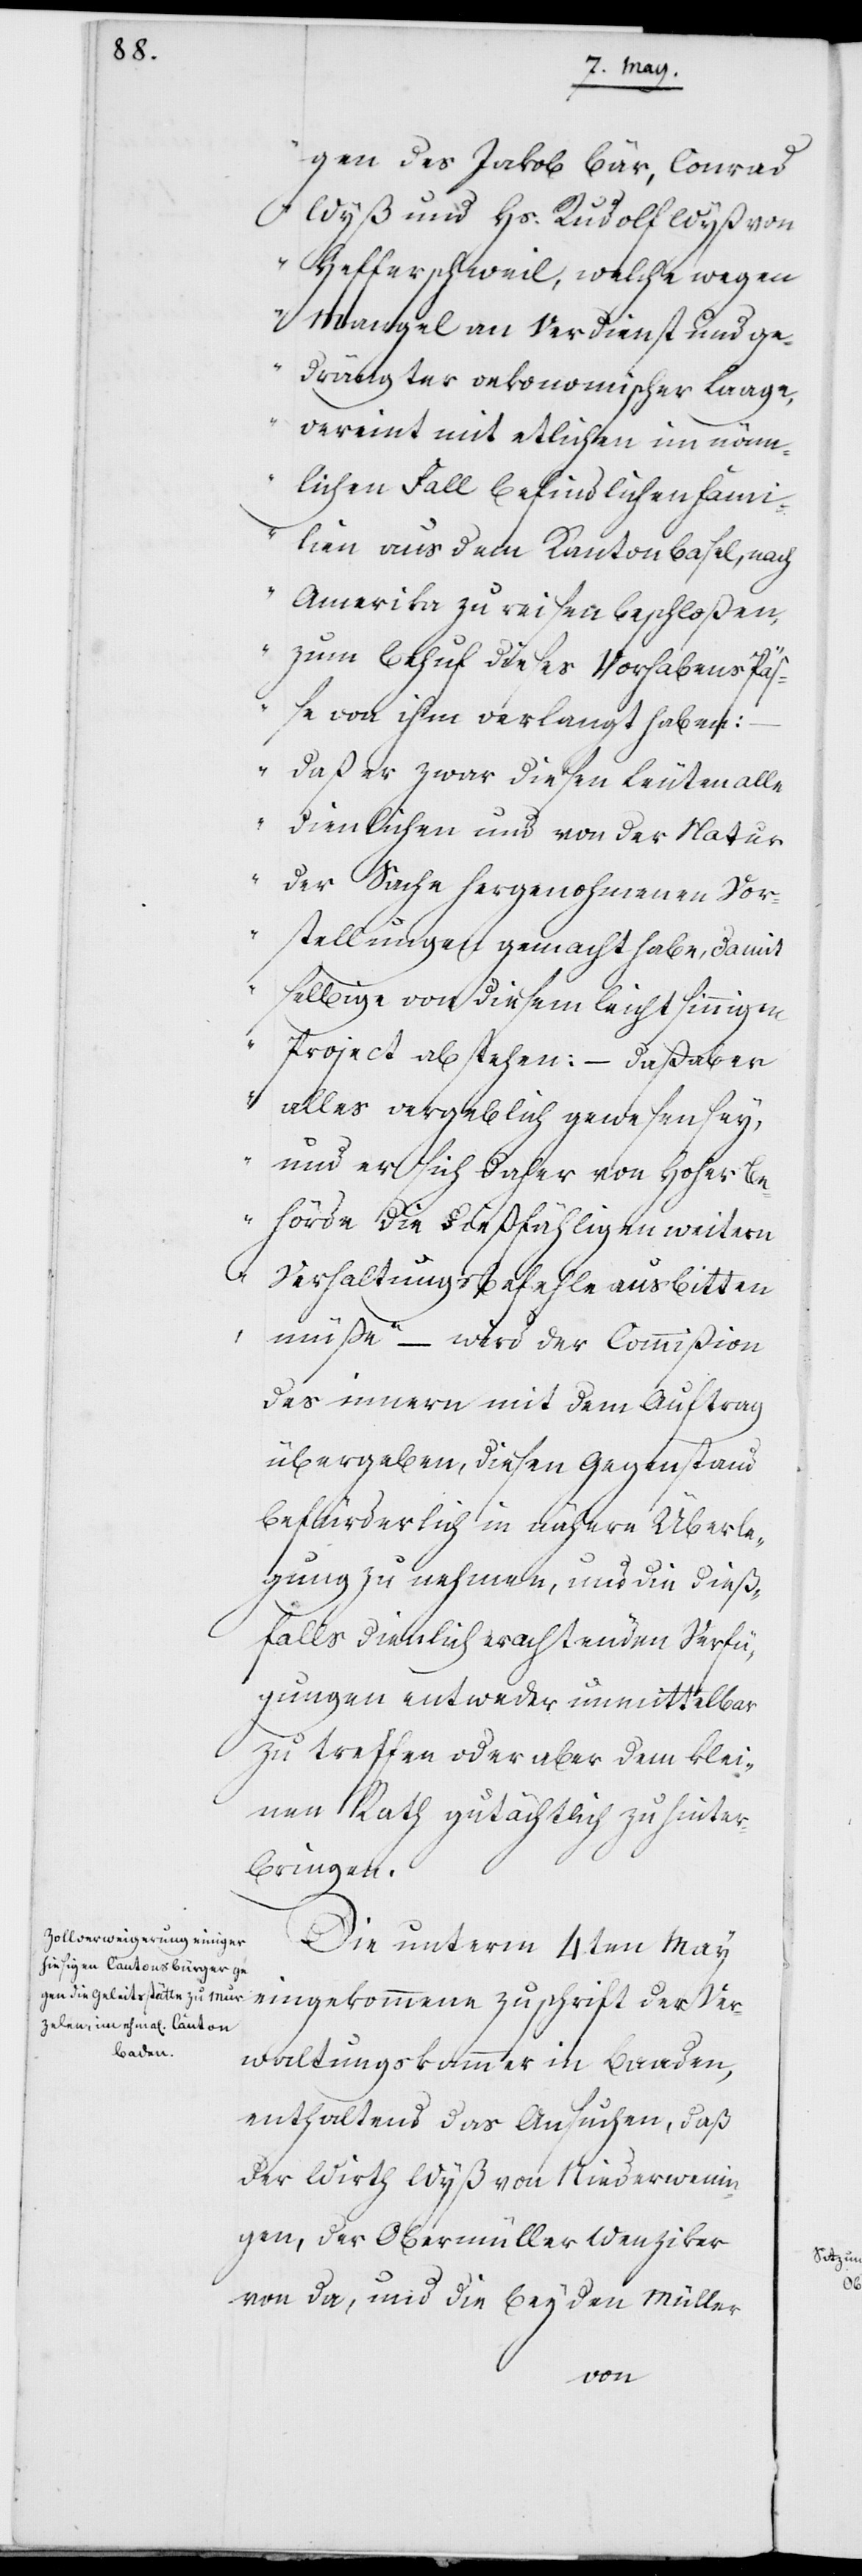
gen des Jakob Bär, Conrad
Wyß und Hs. Rudolf Wyß von
Hefferschweil [sic!], welche wegen
Mangel an Verdienst und ge¬
drängter oekonomischer Laage,
vereint mit etlichen im näm¬
lichen Fall befindlichen Fami¬
lien aus dem Kanton Basel, nach
Amerika zu reisen beschloßen,
zum Behuf dieses Vorhabens Pä¬
ße von ihm verlangt haben:
– daß er zwar diesen Leuten alle
dienlichen und von der Natur
der Sache hergenohmenen Vor¬
stellungen gemacht habe, damit
selbige von diesem leichtsinnigen
Project abstehen: – daß aber
alles vergeblich gewesen sey,
und er sich daher von Hoher Be¬
hörde die dießfälligen weitern
Verhaltungs Befehle ausbitten
müße“ – wird der Commißion
des innern mit dem Auftrag
übergeben, diesen Gegenstand
befürderlich in nähere Überle¬
gungen zu nehmen, und die dieß¬
falls ziemlich erachtenden Verfü¬
gungen entweder unmittelbar
zu treffen oder aber dem klei¬
nen Rath gutächtlich zu hinter¬
bringen.
Die unterm 4ten May
eingekommene Zuschrift der Ver¬
waltungskammer in Baaden,
enthaltend das Ansuchen, das
der Wirth Wyß von Niederwenin¬
gen, der Obermüller Wenziker
von da, und die beyden Müller